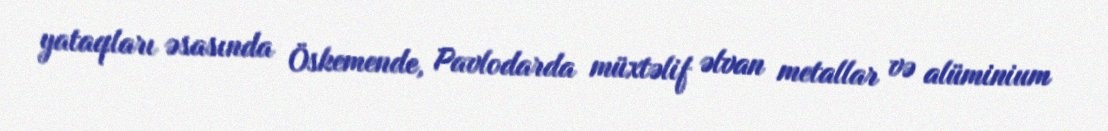
yataqları əsasında Öskemende, Pavlodarda müxtəlif əlvan metallar və alüminium